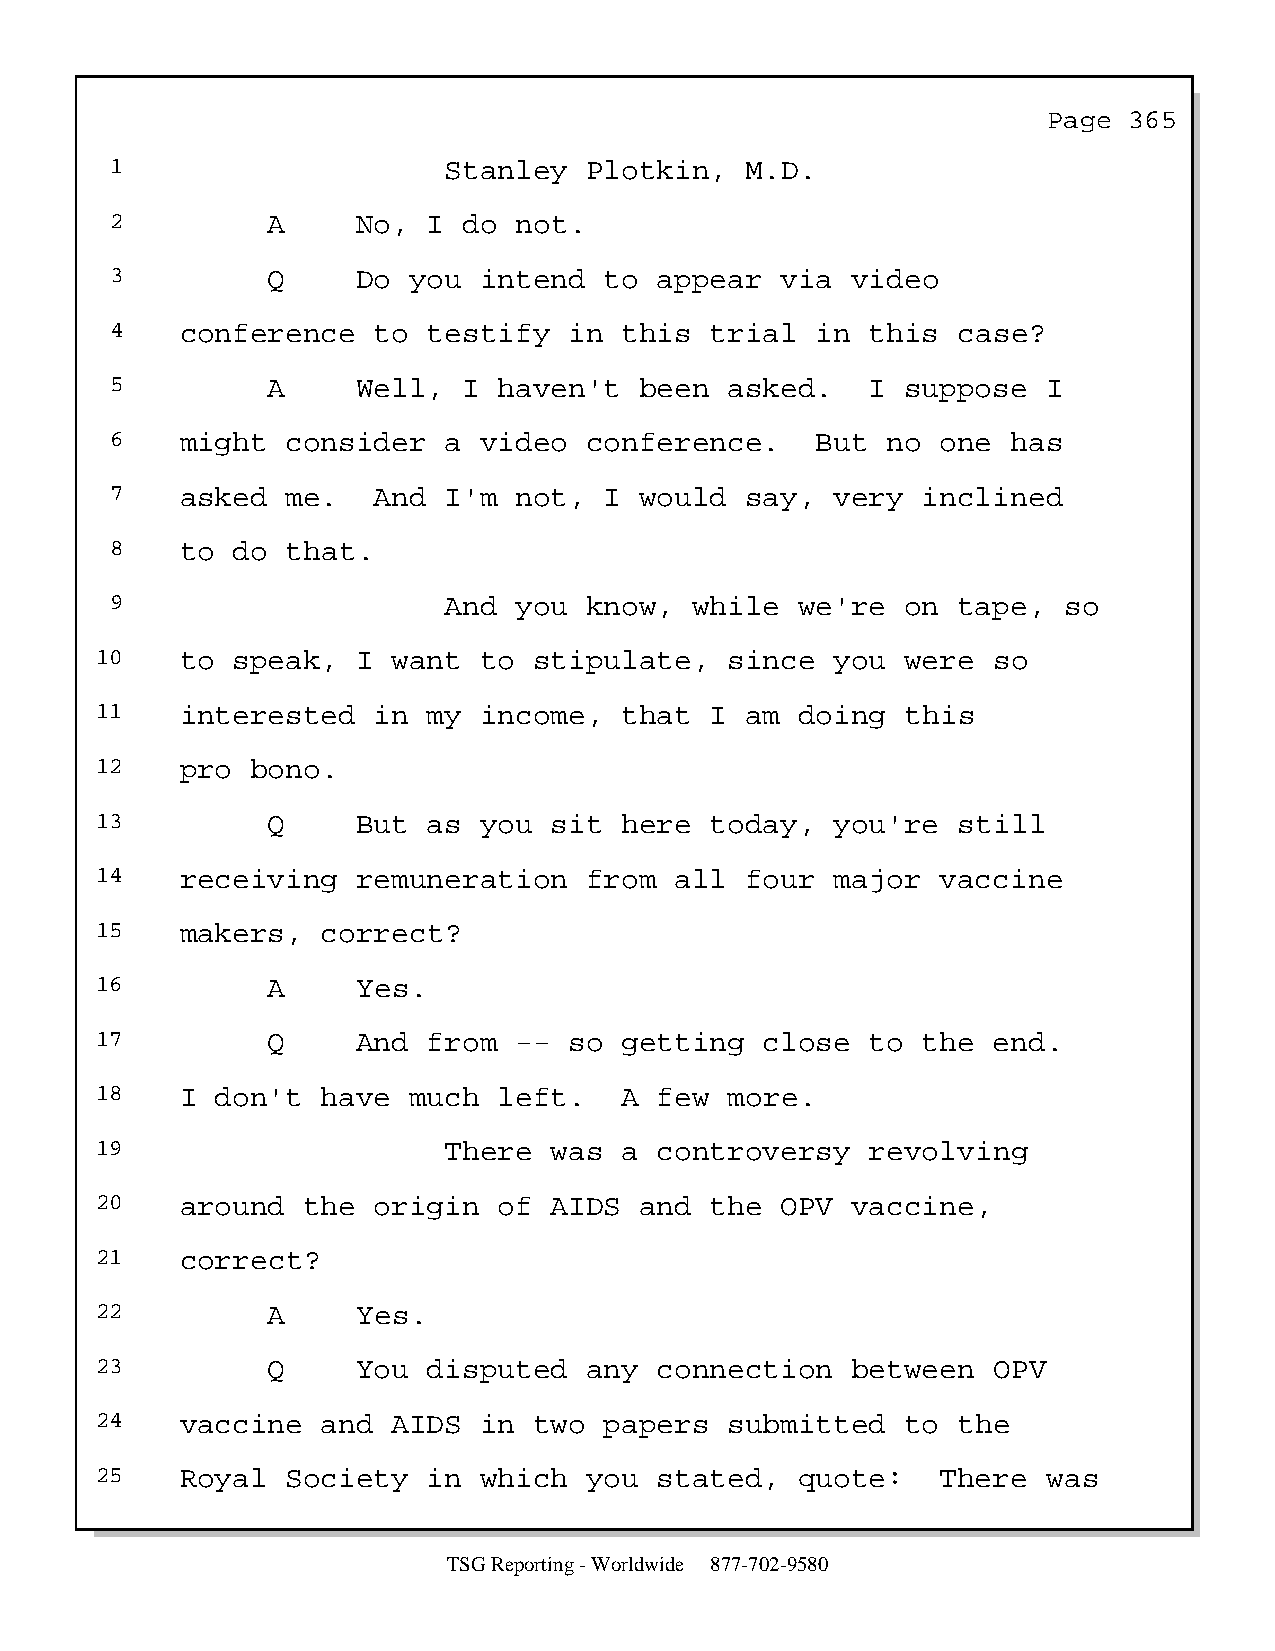
Page  365
 1                     Stanley   Plotkin,  M.D.
 2          A     No, I  do not.
 3          Q     Do you  intend  to  appear  via video
 4    conference   to testify   in this  trial  in  this case?
 5          A     Well,  I haven't  been  asked.    I suppose  I
 6    might  consider  a  video  conference.    But  no one  has
 7    asked  me.   And I'm  not,  I would  say,  very  inclined
 8    to do  that.
 9                     And  you  know,  while  we're  on tape,  so
 10    to speak,   I want  to stipulate,   since  you  were  so
 11    interested   in my  income,  that  I am  doing  this
 12    pro  bono.
 13          Q     But as  you sit  here  today,  you're  still
 14    receiving   remuneration   from  all four  major  vaccine
 15    makers,  correct?
 16          A     Yes.
 17          Q     And from  --  so getting   close  to the  end.
 18    I don't  have  much  left.   A  few more.
 19                     There  was  a  controversy   revolving
 20    around  the  origin  of AIDS  and  the  OPV vaccine,
 21    correct?
 22          A     Yes.
 23          Q     You disputed   any  connection  between   OPV
 24    vaccine  and  AIDS  in two  papers  submitted   to the
 25    Royal  Society  in  which  you  stated,  quote:   There  was
 TSG Reporting - Worldwide 877-702-9580